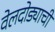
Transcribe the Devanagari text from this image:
वेलदोड्याची